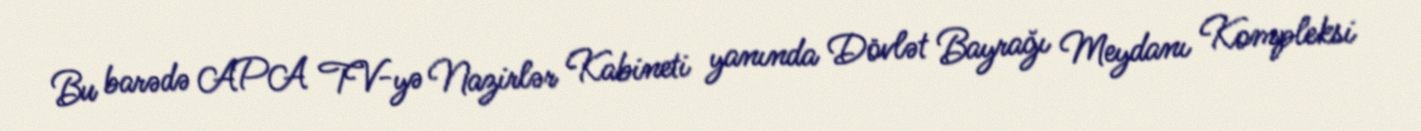
Bu barədə APA TV-yə Nazirlər Kabineti yanında Dövlət Bayrağı Meydanı Kompleksi